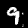
Label: 9